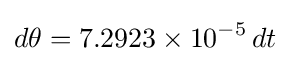
d\theta =7.2923\times 10^{-5}\,dt